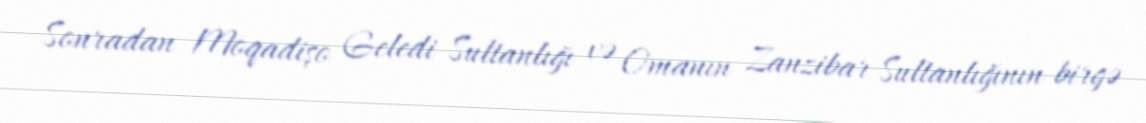
Sonradan Moqadişo Geledi Sultanlığı və Omanın Zanzibar Sultanlığının birgə